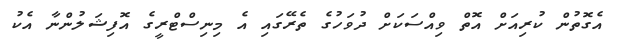
އެގޮތުން ކުރިއަށް އޮތް ވިއްސަކަށް ދުވަހުގެ ތެރޭގައި އެ މިނިސްޓްރީގެ އޮފިޝަލުންނާ އެކު